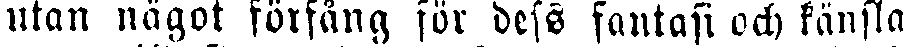
utan något förfång för dess fantasi och känsla